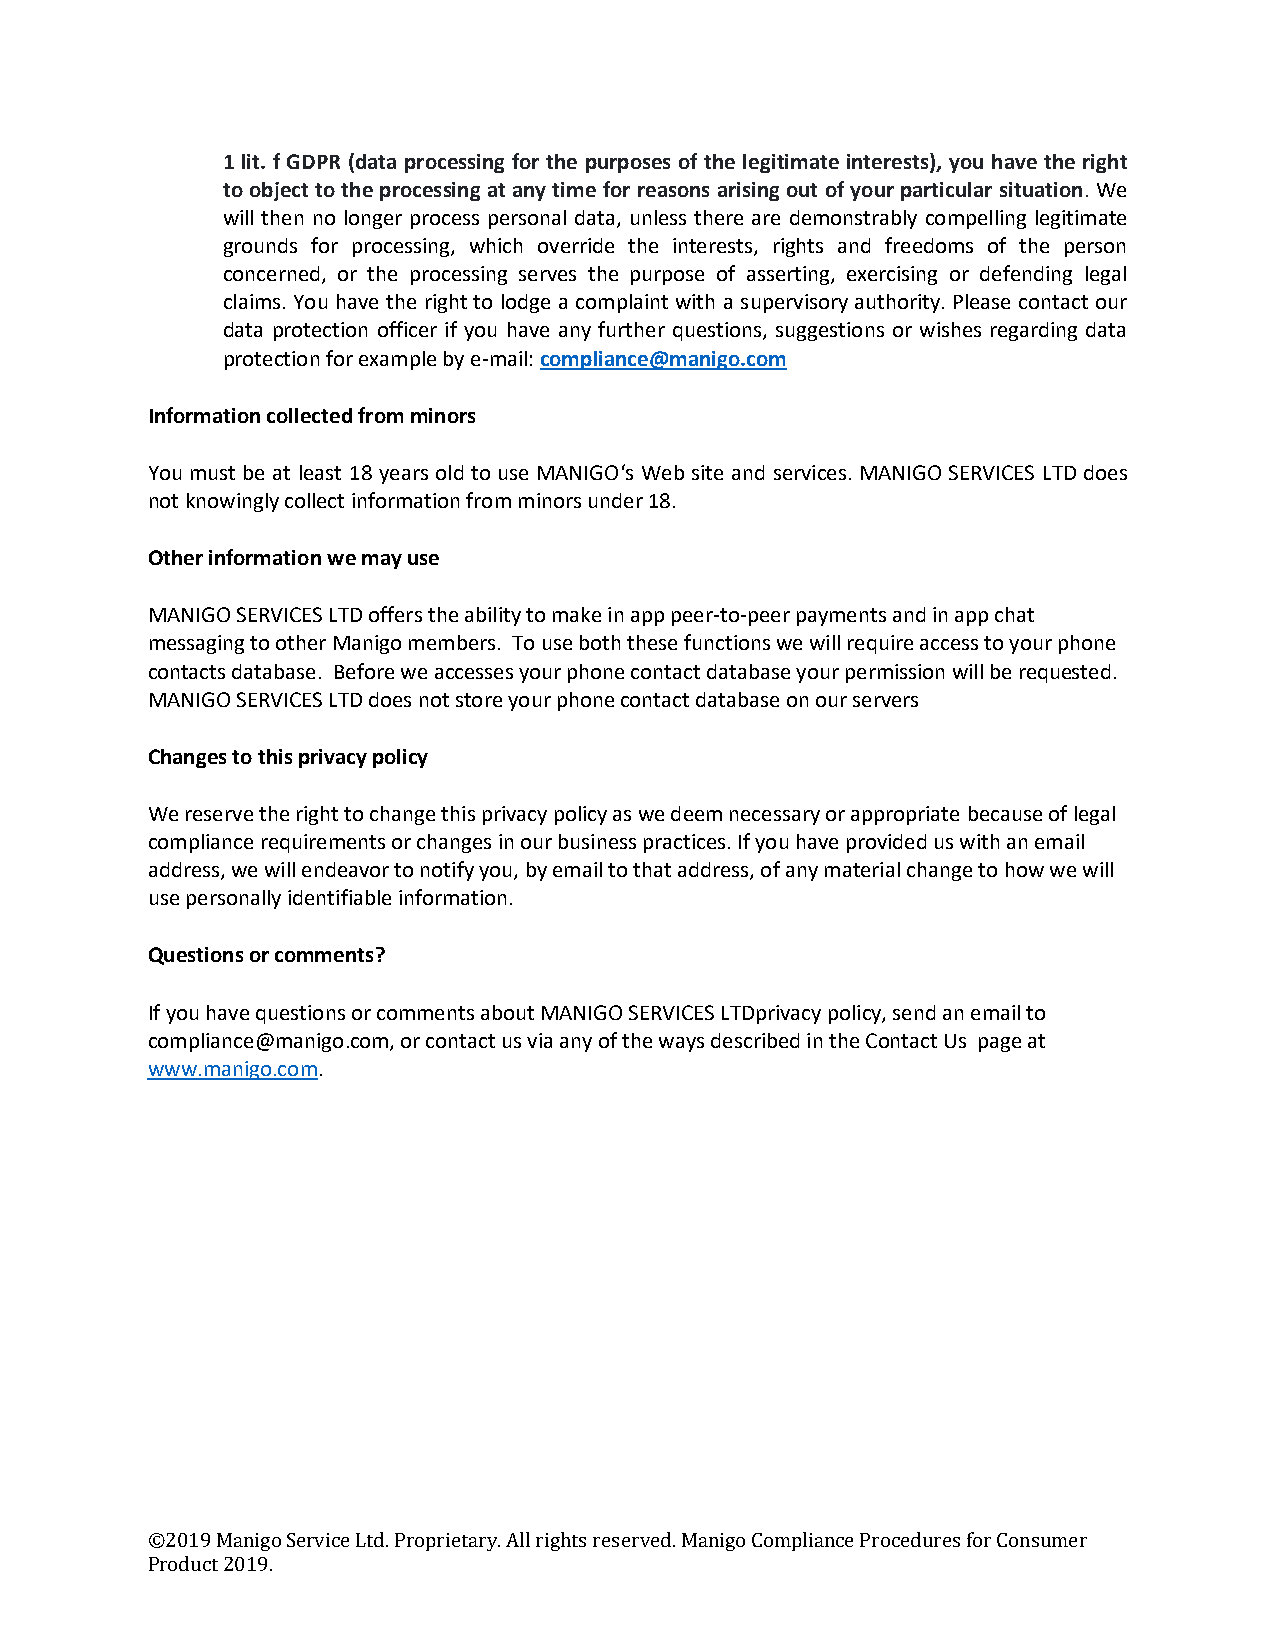
1 lit. f GDPR (data processing for the purposes of the legitimate interests), you have the right
 to object to the processing at any time for reasons arising out of your particular situation. We
 will then no longer process personal data, unless there are demonstrably compelling legitimate
 grounds for processing, which override the interests, rights and freedoms of the person
 concerned, or the processing serves the purpose of asserting, exercising or defending legal
 claims. You have the right to lodge a complaint with a supervisory authority. Please contact our
 data protection officer if you have any further questions, suggestions or wishes regarding data
 protection for example by e-mail: compliance@manigo.com
 Information collected from minors
 You must be at least 18 years old to use MANIGO‘s Web site and services. MANIGO SERVICES LTD does
 not knowingly collect information from minors under 18.
 Other information we may use
 MANIGO SERVICES LTD offers the ability to make in app peer-to-peer payments and in app chat
 messaging to other Manigo members. To use both these functions we will require access to your phone
 contacts database. Before we accesses your phone contact database your permission will be requested.
 MANIGO SERVICES LTD does not store your phone contact database on our servers
 Changes to this privacy policy
 We reserve the right to change this privacy policy as we deem necessary or appropriate because of legal
 compliance requirements or changes in our business practices. If you have provided us with an email
 address, we will endeavor to notify you, by email to that address, of any material change to how we will
 use personally identifiable information.
 Questions or comments?
 If you have questions or comments about MANIGO SERVICES LTDprivacy policy, send an email to
 compliance@manigo.com, or contact us via any of the ways described in the Contact Us page at
 www.manigo.com.
 ©2019 Manigo Service Ltd. Proprietary. All rights reserved. Manigo Compliance Procedures for Consumer
 Product 2019.